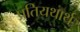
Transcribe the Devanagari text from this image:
प्रतियथार्थ